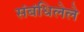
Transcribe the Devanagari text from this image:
संबंधिलेले